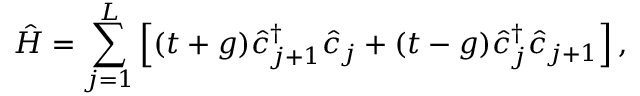
\hat { H } = \sum _ { j = 1 } ^ { L } \left[ ( t + g ) \hat { c } _ { j + 1 } ^ { \dagger } \hat { c } _ { j } + ( t - g ) \hat { c } _ { j } ^ { \dagger } \hat { c } _ { j + 1 } \right] ,